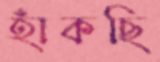
হাঁকছি